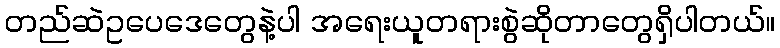
တည်ဆဲဥပေဒေတွေနဲ့ပါ အရေးယူတရားစွဲဆိုတာတွေရှိပါတယ်။